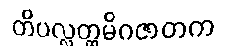
တိပလ္လတ္ထမိဂဇာတက